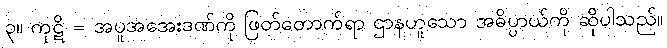
၃။ ကုဋိ = အပူအအေးဒဏ်ကို ဖြတ်တောက်ရာ ဌာနဟူသော အဓိပ္ပာယ်ကို ဆိုပါသည်။